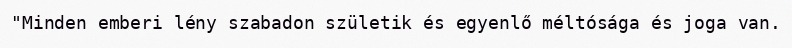
"Minden emberi lény szabadon születik és egyenlő méltósága és joga van.